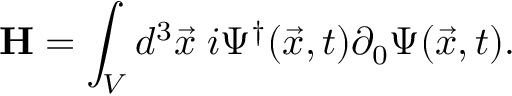
{ \bf H } = \int _ { V } d ^ { 3 } { \vec { x } } \; i \Psi ^ { \dag } ( \vec { x } , t ) \partial _ { 0 } \Psi ( \vec { x } , t ) .